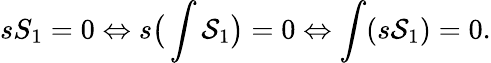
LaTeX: sS_{1}=0\Leftrightarrow s\big(\int{\cal S}_{1}\big)=0\Leftrightarrow\int(s{\cal S}_{1})=0.